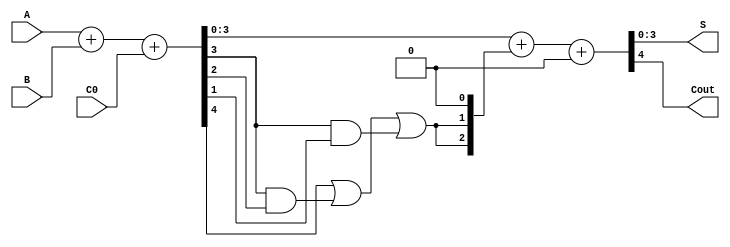

module BC(A,B,C0,S,Cout);

input [3:0] A;
input [3:0] B;
input C0;

output [3:0] S;
output Cout;

wire [3:0] Y,T;
wire Gout,W1,W2,W3;

assign {Gout,Y}=A+B+C0;

assign W1=(Y[3]&&Y[2]);
assign W2= (Y[3]&&Y[1]);
assign W3= (Gout||W1||W2);
assign T = {1'b0,W3,W3,1'b0};

assign {Cout,S}=Y+T+1'b0;

endmodule